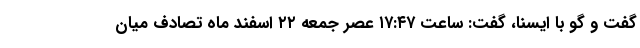
گفت و گو با ایسنا، گفت: ساعت ۱۷:۴۷ عصر جمعه ۲۲ اسفند ماه تصادف میان